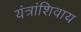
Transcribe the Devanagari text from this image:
यंत्रांशिवाय